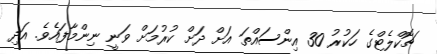
ޗޮކްލެޓްގެ ހަކުރު 30 އިންސައްތަ އަށް ދަށް ކުރުމަށް ވަނީ ނިންމާފައެވެ. އަދި